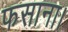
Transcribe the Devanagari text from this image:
फसाना।